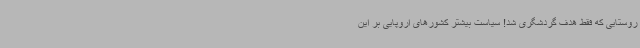
روستایی که فقط هدف گردشگری شد! سیاست بیشتر کشورهای اروپایی بر این